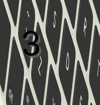
3